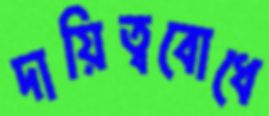
দায়িত্ববোধে